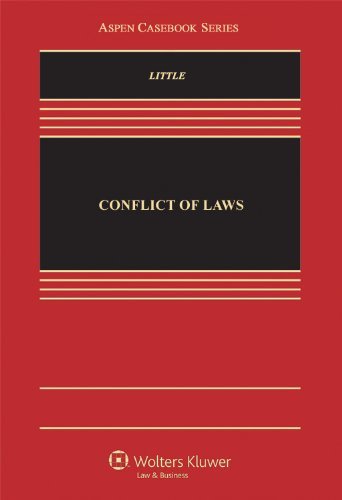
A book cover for By Laura E. Little - Conflict of Laws: Cases, Materials, and Problems (1/16/13); Laura E. Little; Law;